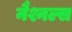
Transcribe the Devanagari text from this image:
नैश्नल्स